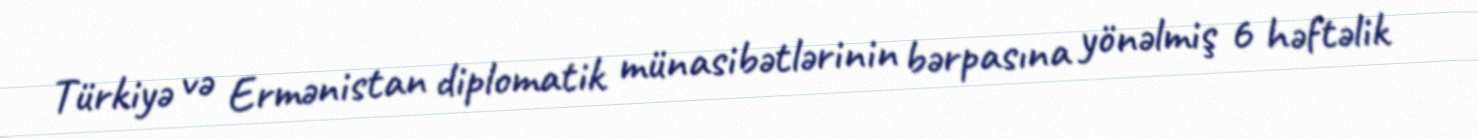
Türkiyə və Ermənistan diplomatik münasibətlərinin bərpasına yönəlmiş 6 həftəlik